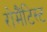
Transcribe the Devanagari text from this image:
रोमैंटिस्ट